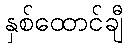
နှစ်ထောင်ချီ